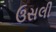
ઉસલી